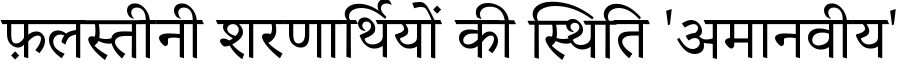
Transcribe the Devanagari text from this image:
फ़लस्तीनी शरणार्थियों की स्थिति 'अमानवीय'